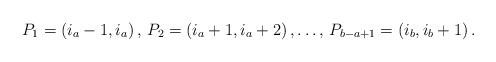
LaTeX: \begin{align*}P_{1}=\left(i_{a}-1,i_{a}\right),\,P_{2}=\left(i_{a}+1,i_{a}+2\right),\dots,\,P_{b-a+1}=\left(i_{b},i_{b}+1\right).\end{align*}